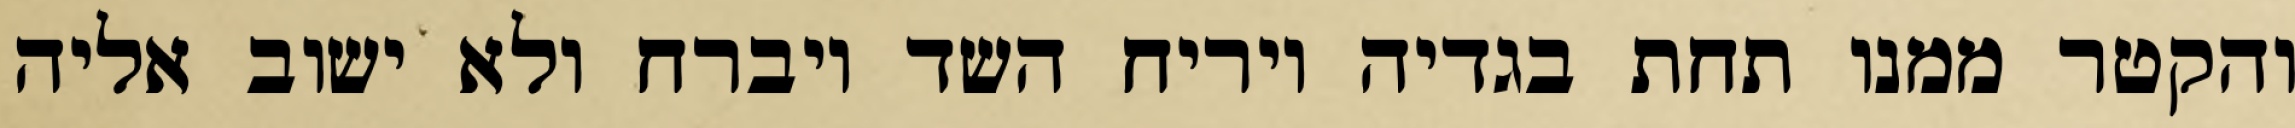
והקטר ממנו תחת בגדיה ויריח השד ויברח ולא ישוב אליה